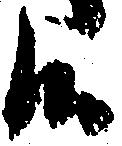
候